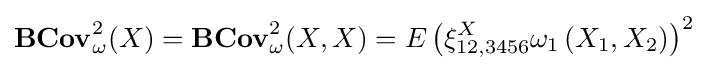
\mathbf {BCov} _{\omega }^{2}(X)=\mathbf {BCov} _{\omega }^{2}(X,X)=E\left(\xi _{12,3456}^{X}\omega _{1}\left(X_{1},X_{2}\right)\right)^{2}